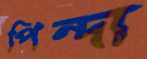
পিন্দা